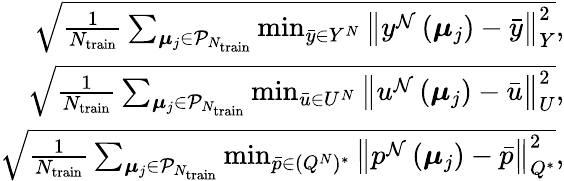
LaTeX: \begin{array}{r}{\sqrt{\frac{1}{N_{\mathrm{train}}}\sum_{\boldsymbol{\mu}_{j}\in\mathcal{P}_{N_{\mathrm{train}}}}\operatorname*{min}_{\bar{y}\in{Y}^{N}}\left\| y^{\mathcal{N}}\left(\boldsymbol{\mu}_{j}\right)-\bar{y}\right\| _{Y}^{2}},}\\ {\sqrt{\frac{1}{N_{\mathrm{train}}}\sum_{\boldsymbol{\mu}_{j}\in\mathcal{P}_{N_{\mathrm{train}}}}\operatorname*{min}_{\bar{u}\in{U}^{N}}\left\| u^{\mathcal{N}}\left(\boldsymbol{\mu}_{j}\right)-\bar{u}\right\| _{U}^{2}},}\\ {\sqrt{\frac{1}{N_{\mathrm{train}}}\sum_{\boldsymbol{\mu}_{j}\in\mathcal{P}_{N_{\mathrm{train}}}}\operatorname*{min}_{\bar{p}\in(Q^{N})^{*}}\left\| p^{\mathcal{N}}\left(\boldsymbol{\mu}_{j}\right)-\bar{p}\right\| _{Q^{*}}^{2}},}\end{array}